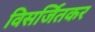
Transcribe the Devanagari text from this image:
विसर्जितकर